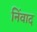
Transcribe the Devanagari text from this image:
निंवाद